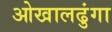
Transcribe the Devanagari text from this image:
ओखालढुंगा